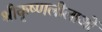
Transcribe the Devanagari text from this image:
श्रीकृष्णलीलाओं